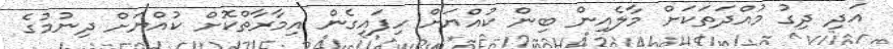
އަދި ދިގު މުއްދަތަކަށް މާލެއިން ބިން ކުއްޔަށް ހިފައިގެން އިމާރާތްކޮށް ކުއްޔަށް ދިނުމުގެ